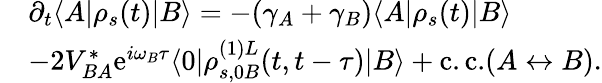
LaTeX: \begin{array}{rl}&{\partial_{t}\langle A|\rho_{s}(t)|B\rangle=-(\gamma_{A}+\gamma_{B})\langle A|\rho_{s}(t)|B\rangle}\\ &{-2V_{BA}^{*}\mathrm{e}^{i\omega_{B}\tau}\langle 0|\rho_{s,0B}^{(1)L}(t,t-\tau)|B\rangle+\mathrm{c.c.}(A\leftrightarrow B).}\end{array}